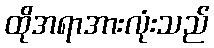
ထိုအရာအားလုံးသည်